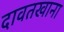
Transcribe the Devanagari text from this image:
दावतखाना